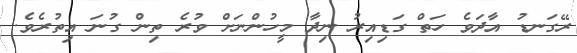
ރޭގަނޑު އާދަވެ ހަތް ގަޑިއިރު ނިދާ މީހުންނަށް ވުރެ ތިން ގުނަ އިތުރެވެ.